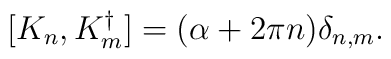
[K_n,K^{\dagger}_m]= (\alpha + 2 \pi n) \delta _{n,m}.